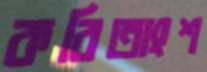
কবিতাংশ